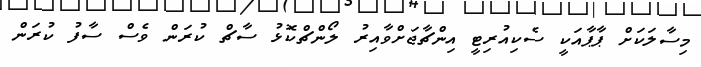
މިސާލަކަށް ޕާޕާއަކީ ސެކިއުރިޓީ އިންޗާޖަށްވާއިރު ލޯންޗްކޮޅު ސާޗް ކުރަން ވެސް ސާފު ކުރަން